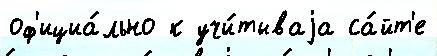
оф'ициа́льно к учи́тываjа са́йт'е